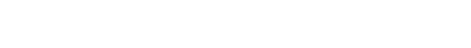
ထမ်းဆောင်ကြသူများမှာ အများအားဖြင့် နိုင်ငံခြားသား အမှုထမ်းများသာဖြစ်ကြောင်း အားလုံး